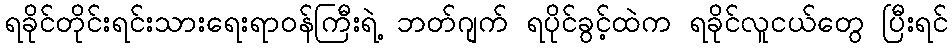
ရခိုင်တိုင်းရင်းသားရေးရာဝန်ကြီးရဲ့ ဘတ်ဂျက် ရပိုင်ခွင့်ထဲက ရခိုင်လူငယ်တွေ ပြီးရင်